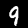
Digit: 9